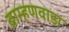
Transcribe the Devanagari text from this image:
ब्राम्हणवाडा